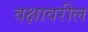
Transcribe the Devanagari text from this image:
वक्षावरील